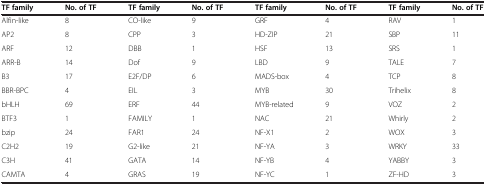
| TF family | No. of TF | TF family | No. of TF | TF family | No. of TF | TF family | No. of TF |
 | --- | --- | --- | --- | --- | --- | --- | --- |
 | Alfin-like | 8 | CO-like | 9 | GRF | 4 | RAV | 1 |
 | AP2 | 8 | CPP | 3 | HD-ZIP | 21 | SBP | 11 |
 | ARF | 12 | DBB | 1 | HSF | 13 | SRS | 1 |
 | ARR-B | 14 | Dof | 9 | LBD | 9 | TALE | 7 |
 | B3 | 17 | E2F/DP | 6 | MADS-box | 4 | TCP | 8 |
 | BBR-BPC | 4 | EIL | 3 | MYB | 30 | Trihelix | 8 |
 | bHLH | 69 | ERF | 44 | MYB-related | 9 | VOZ | 2 |
 | BTF3 | 1 | FAMILY | 1 | NAC | 21 | Whirly | 2 |
 | bzip | 24 | FAR1 | 24 | NF-X1 | 2 | WOX | 3 |
 | C2H2 | 19 | G2-like | 21 | NF-YA | 3 | WRKY | 33 |
 | C3H | 41 | GATA | 14 | NF-YB | 4 | YABBY | 3 |
 | CAMTA | 4 | GRAS | 19 | NF-YC | 1 | ZF-HD | 3 |